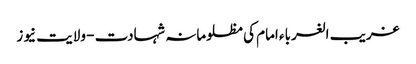
غریب الغرباء امام کی مظلومانہ شہادت - ولایت نیوز